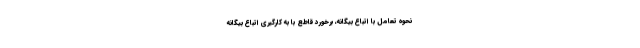
نحوه تعامل با اتباع بیگانه، برخورد قاطع با به کارگیری اتباع بیگانه